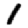
Digit: 1